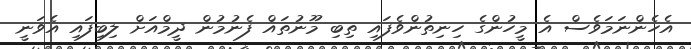
އެހެންނަމަވެސް އެ މީހުންގެ ހިނިތުންވެފައި ތިބި މޫނުތައް ފެނުމުން ދީމްއަށް ލިބިފައި އެވަނީ